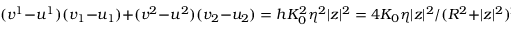
( v ^ { 1 } - u ^ { 1 } ) ( v _ { 1 } - u _ { 1 } ) + ( v ^ { 2 } - u ^ { 2 } ) ( v _ { 2 } - u _ { 2 } ) = h K _ { 0 } ^ { 2 } \eta ^ { 2 } | z | ^ { 2 } = 4 K _ { 0 } \eta | z | ^ { 2 } / ( R ^ { 2 } + | z | ^ { 2 } ) ^ { 2 }